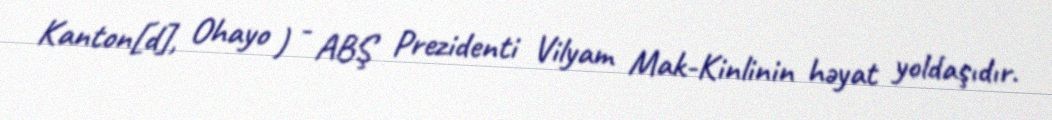
Kanton[d], Ohayo ) - ABŞ Prezidenti Vilyam Mak-Kinlinin həyat yoldaşıdır.